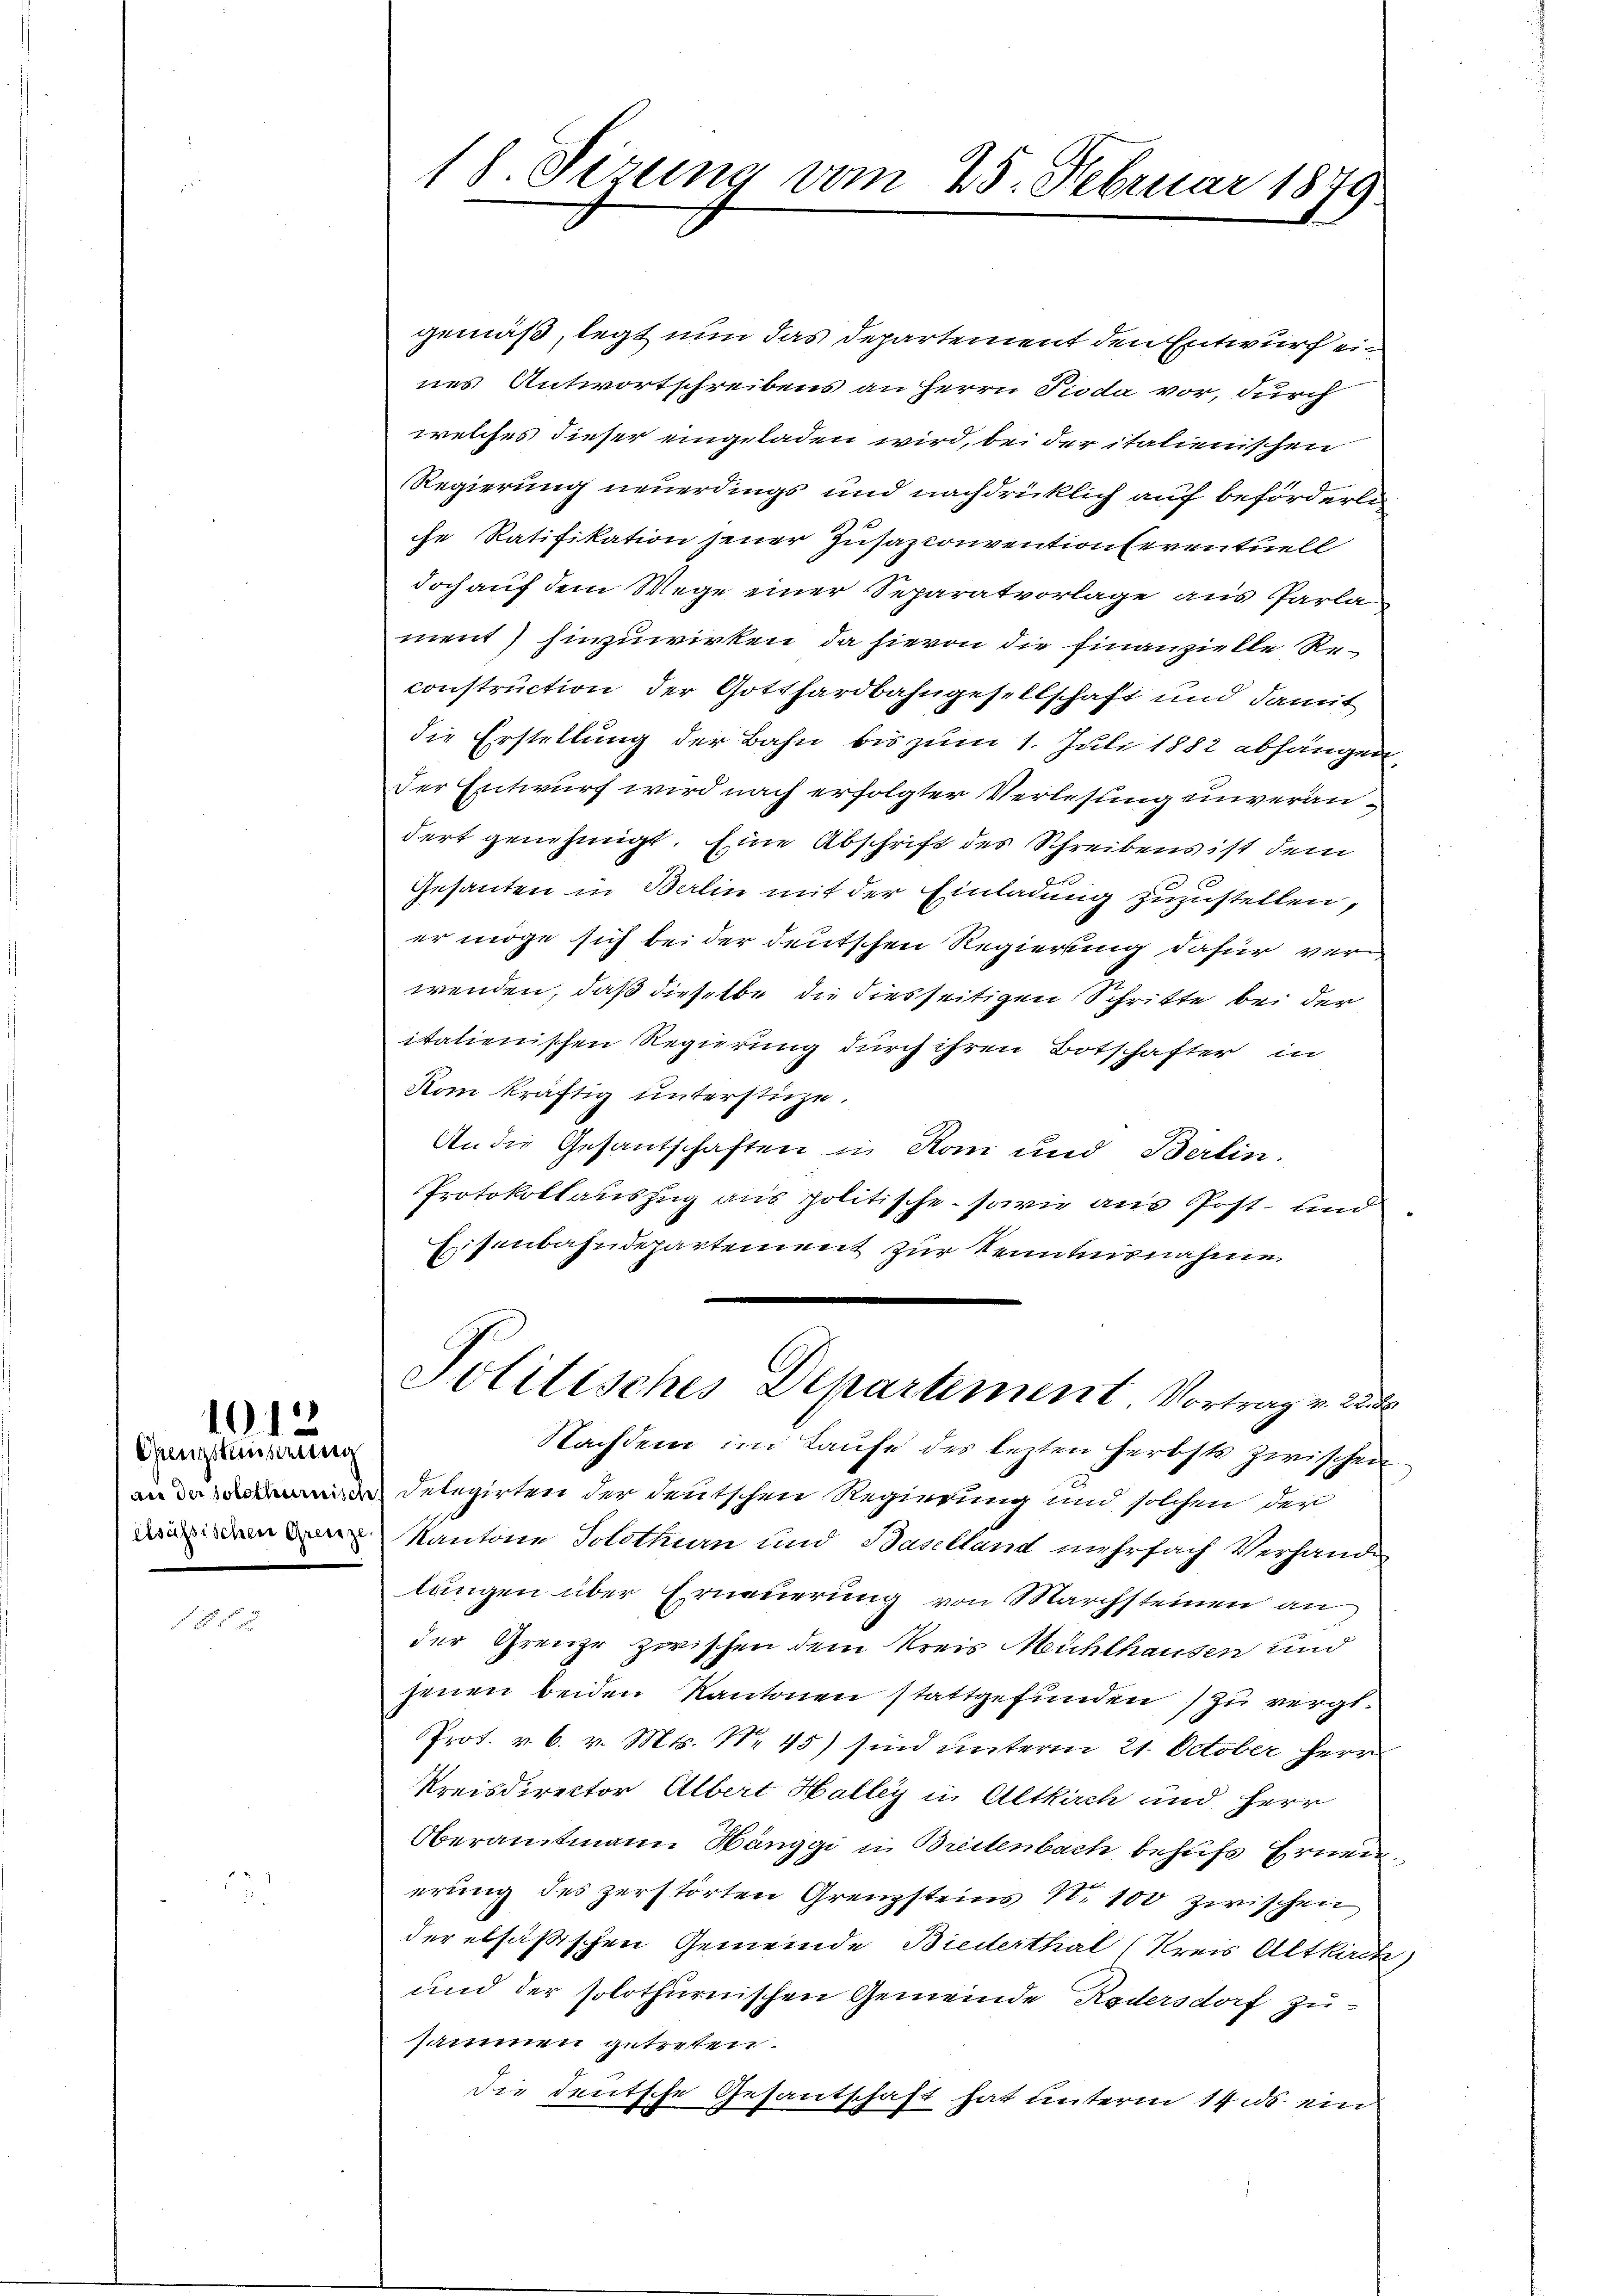
Gengstundung

1 f 0 x

1012

3

18. Sizung vom 25. Februar 1879

gemäß, legt nun das Departement den Entwurf eines Antwortschreibens an Herrn Pioda vor, durch
welches dieser eingeladen wird, bei der italienischen
Regierung neuerdings und nachdrücklich auf beförderli
che Ratifikation jener Zusazconventionseventuell
doch auf dem Wege einer Separatvorlage aus Parla
ment) hinzuwirken, da hievon die finanzielle Reconstruction der Gotthardbahngesellschaft und damit
die Erstellung der Bahn bis zum 1. Juli 1882 abhängen,
Der Entwurf wird nach erfolgter Verlesung unverändert genehmigt. Eine Abschrift des Schreibens ist dem
Gesanten in Balin mit der Einladung zuzustellen,
er möge sich bei der deutschen Regierung dafür verwenden, daß dieselbe die diesseitigen Schritte bei der
italienischen Regierung durch ihren Botschafter in
Kom kräftig unterstüze.
An die Gesantschaften in Rom und Berlin.
Protokollauszug aus politische - sowie aus Post- und
Eisenbahndepartement zur Kenntnisnahme
Politisches Departement Vortrag v. 22
Nachdem im Laufe des lezten Herbsts zwischen
Delegirten der deutschen Regierung und solchen der
Die Kantone Solothurn und Banlland nehrfach Verhandes
langen über Erneuerung von Marchsteinen an
der Grenze zwischen dem Kreis Mühlhausen und
jenen beiden Kantonen stattgefunden) zu vergl.
Prot. v. 6. v. Mts. Nr. 45) sind unterm 21. October Herr
Kreisdirector Albert Halley in Altkirch und Herr
Oberamtmann Hänggi in Breitenbach behufs Erneuerung des zerstörten Grenzsteins N. 100 zwischen
der elsäßischen Gemeinde Biederthal (Kreis Altkirch)
und der solothurnischen Gemeinde Redersdorf zu
samen getreten.
die deutsche Gesantschaft hat unterm 14 des ein